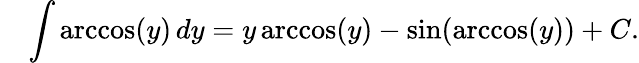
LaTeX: \quad\int\operatorname{arccos}(y)\, dy=y\operatorname{arccos}(y)-\sin(\operatorname{arccos}(y))+C.